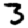
Digit: 3